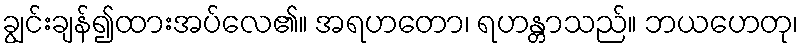
ချွင်းချန်၍ထားအပ်လေ၏။ အရဟတော၊ ရဟန္တာသည်။ ဘယဟေတု၊